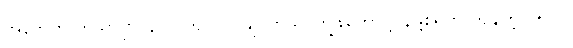
အနက်က ကသာမှာ ၄၀၀ ကျုပ် လိုချင်တယ်၊ ကျွန်တော် ပြန်ဖို့စရိတ် ကျန်တဲ့ ၁၅၀၀